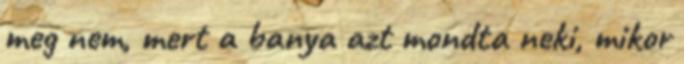
meg nem, mert a banya azt mondta neki, mikor